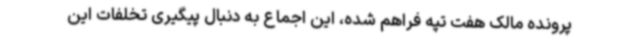
پرونده مالک هفت تپه فراهم شده، این اجماع به دنبال پیگیری تخلفات این